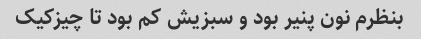
بنظرم نون پنیر بود و سبزیش کم بود تا چیزکیک